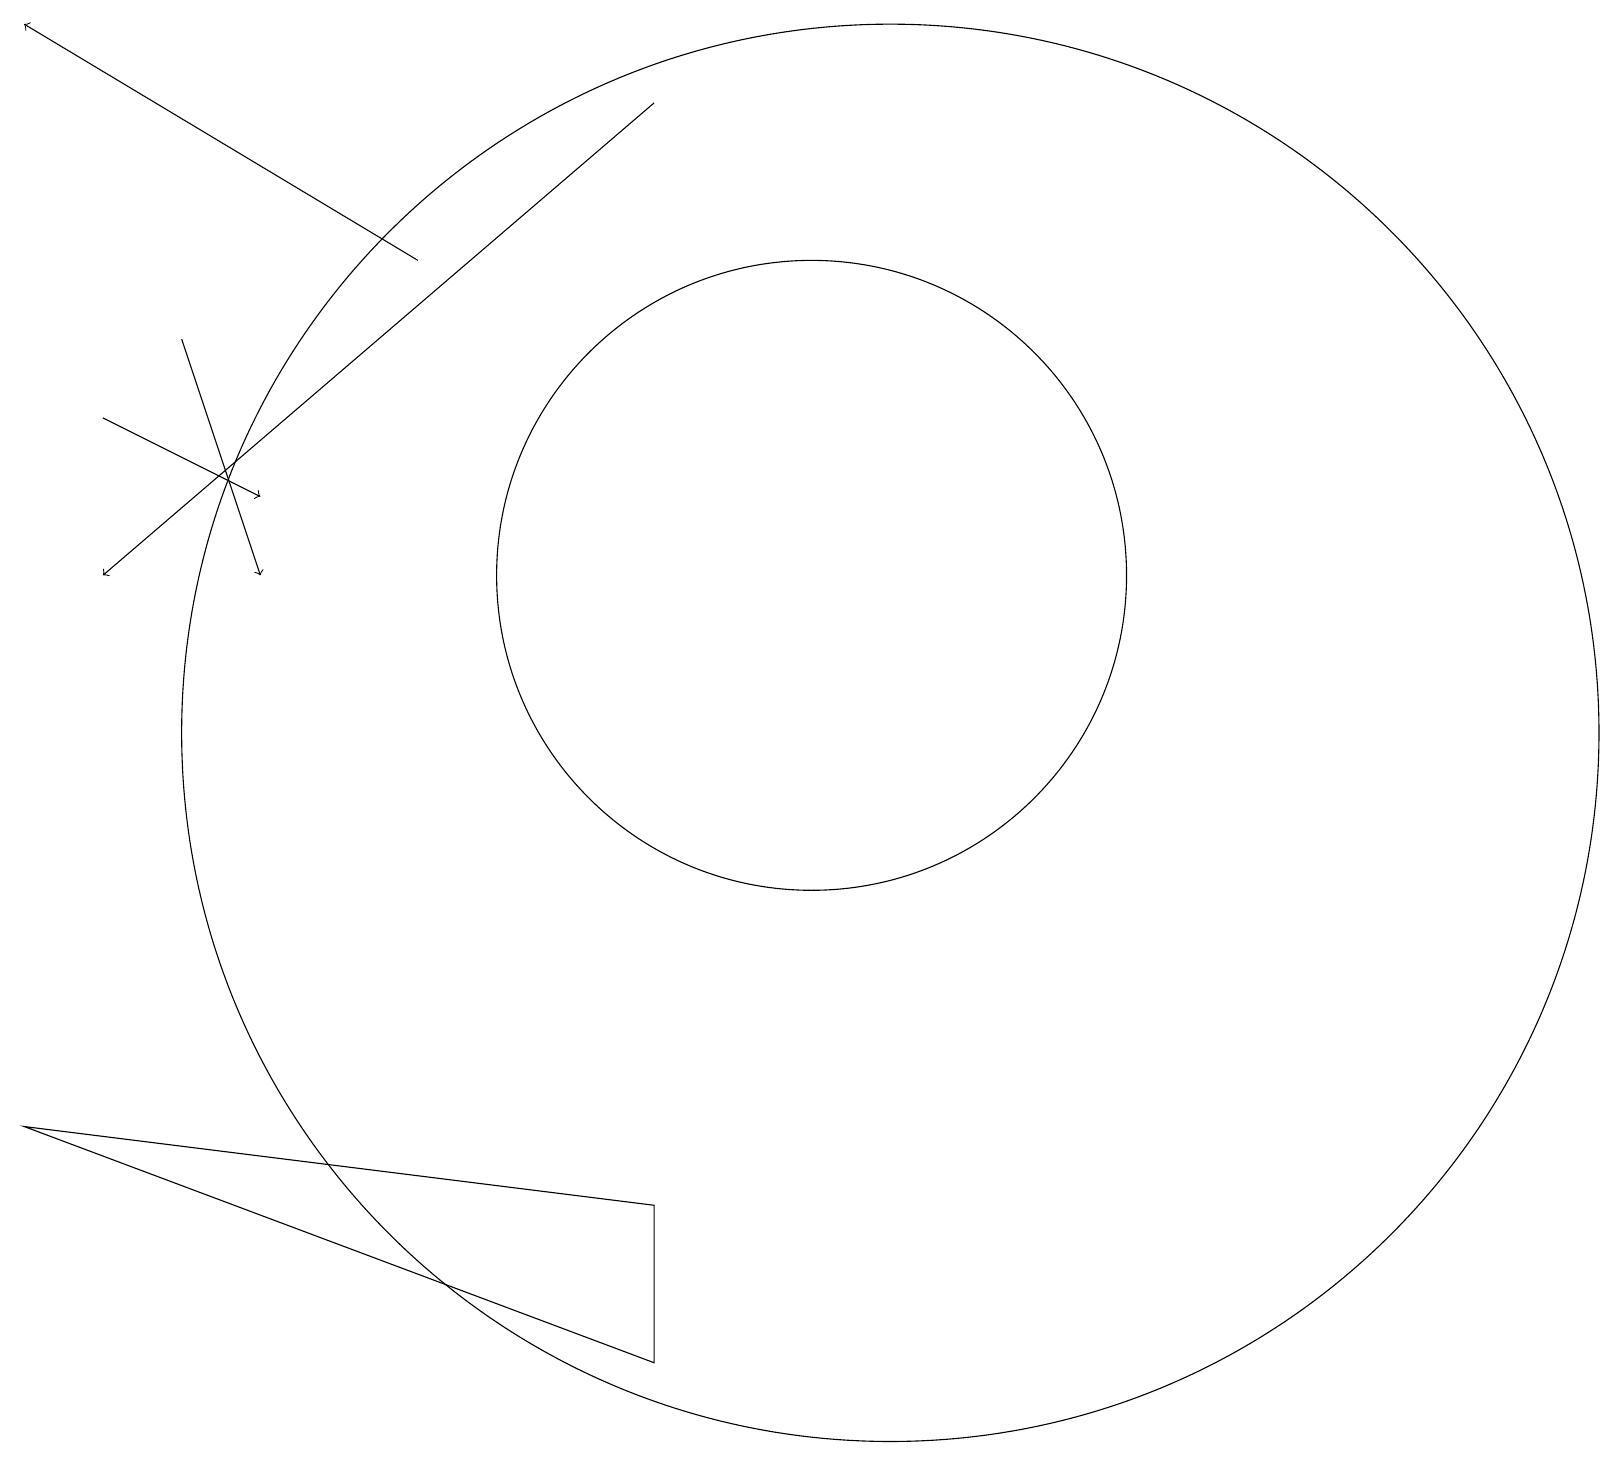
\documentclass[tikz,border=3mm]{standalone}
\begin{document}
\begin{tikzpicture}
\draw[->] (5,16) -- (0,19);
\draw (10,12) circle (4);
\draw[->] (8,18) -- (1,12);
\draw (11,10) circle (9);
\draw[->] (2,15) -- (3,12);
\draw[->] (1,14) -- (3,13);
\draw (8,2) -- (0,5) -- (8,4) -- cycle;
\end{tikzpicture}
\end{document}